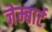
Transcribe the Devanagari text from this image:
जेम्बार्ट